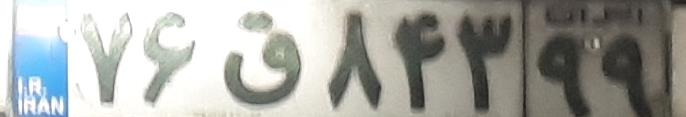
۷۶ق۸۴۳۹۹